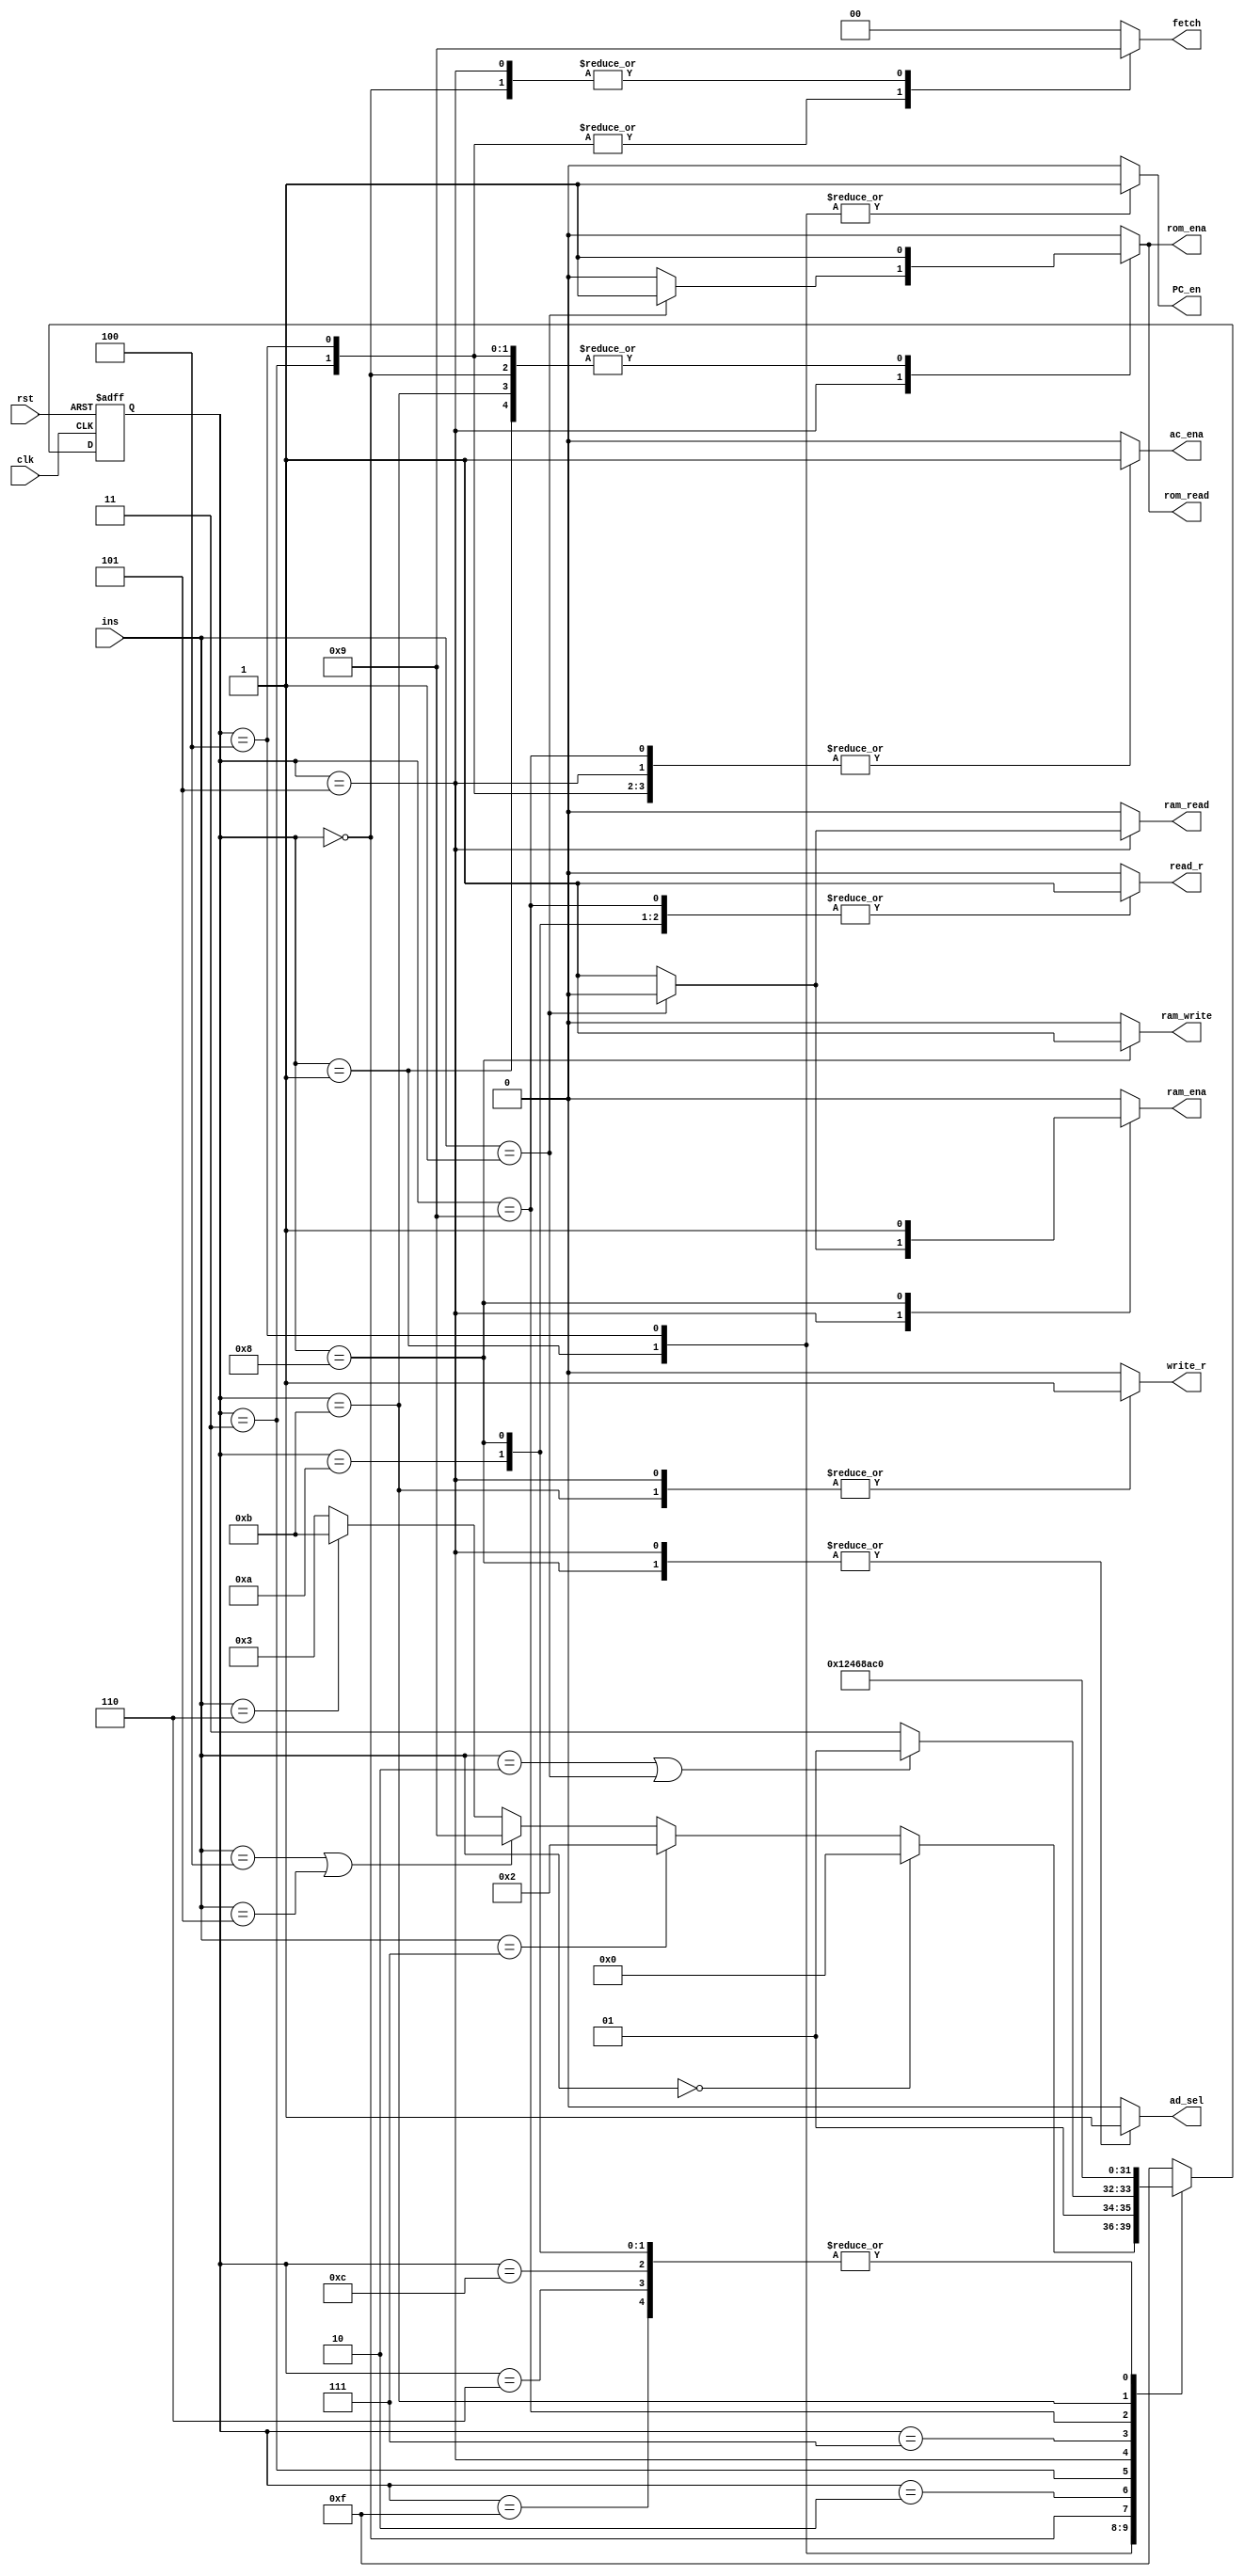
// This program was cloned from: https://github.com/liuqdev/8-bits-RISC-CPU-Verilog
// License: MIT License

module controller_purify(ins, clk, rst, write_r, read_r, PC_en, fetch, ac_ena, ram_ena, rom_ena,ram_write, ram_read, rom_read, ad_sel);

input clk, rst;   		// clock, reset
input [2:0] ins;  		// instructions, 3 bits, 8 types

// Enable signals
output reg write_r, read_r, PC_en, ac_ena, ram_ena, rom_ena;

// ROM: where instructions are storaged. Read only.
// RAM: where data is storaged, readable and writable.
output reg ram_write, ram_read, rom_read, ad_sel;

output reg [1:0] fetch;		// 01: to fetch from RAM/ROM; 10: to fetch from REG

// State code(current state)
reg [3:0] state;		// current state
reg [3:0] next_state; 	// next state


// instruction code
parameter 	NOP=3'b000, // no operation
			LDO=3'b001,	// load ROM to register
			LDA=3'b010, // load RAM to register
			STO=3'b011, // Store intermediate results to accumulator
			PRE=3'b100, // Prefetch Data from Address
			ADD=3'b101, // Adds the contents of the memory address or integer to the accumulator
			LDM=3'b110, // Load Multiple
			HLT=3'b111; // Halt

// state code			 
parameter Sidle=4'hf,
			 S0=4'd0,
			 S1=4'd1,
			 S2=4'd2,
			 S3=4'd3,
			 S4=4'd4,
			 S5=4'd5,
			 S6=4'd6,
			 S7=4'd7,
			 S8=4'd8,
			 S9=4'd9,
			 S10=4'd10,
			 S11=4'd11,
			 S12=4'd12;
			 
//PART A: D flip latch; State register
always @(posedge clk or negedge rst) 
begin
	if(!rst) state<=Sidle;
		//current_state <= Sidle;
	else state<=next_state;
		//current_state <= next_state;	
end

//PART B: Next-state combinational logic
always @*
begin
case(state)
S1:		begin
			if (ins==NOP) next_state=S0;
			else if (ins==HLT)  next_state=S2;
			else if (ins==PRE | ins==ADD) next_state=S9;
			else if (ins==LDM) next_state=S11;
			else next_state=S3;
		end

S4:		begin
			if (ins==LDA | ins==LDO) next_state=S5;
			//else if (ins==STO) next_state=S7; 
			else next_state=S7; // ---Note: there are only 3 long instrucions. So, all the cases included. if (counter_A==2*b11)
		end
Sidle:	next_state=S0;
S0:		next_state=S1;
S2:	    next_state=S2;
S3:		next_state=S4;
S5:		next_state=S6;
S6:		next_state=S0;
S7:		next_state=S8;
S8:		next_state=S0;
S9:		next_state=S10;
S10:	next_state=S0;
S11:	next_state=S12;
S12:	next_state=S0;
default: next_state=Sidle;
endcase
end

// another style
//PART C: Output combinational logic
always@*
begin 
case(state)
// --Note: for each statement, we concentrate on the current state, not next_state
// because it is combinational logic.
  Sidle: begin
		 write_r=1'b0;
		 read_r=1'b0;
		 PC_en=1'b0; 
		 ac_ena=1'b0;
		 ram_ena=1'b0;
		 rom_ena=1'b0;
		 ram_write=1'b0;
		 ram_read=1'b0;
		 rom_read=1'b0;
		 ad_sel=1'b0;
		 fetch=2'b00;
		 end
     S0: begin // load IR
		 write_r=0;
		 read_r=0;
		 PC_en=0;
 ac_ena=0;
		 ram_ena=0;
		 rom_ena=1;
		 ram_write=0;
		 ram_read=0;
		 rom_read=1;
		 ad_sel=0;
		 fetch=2'b01;
		 end
     S1: begin
		 write_r=0;
		 read_r=0;
		 PC_en=1; 
		 ac_ena=0;
		 ram_ena=0;
		 ram_write=0;
		 ram_read=0;
		 rom_ena=1;
		 rom_read=1; 
		 ad_sel=0;
		 fetch=2'b00;
		 end
     S2: begin
		 write_r=0;
		 read_r=0;
		 PC_en=0;
		 ac_ena=0;
		 ram_ena=0;
		 rom_ena=0;
		 ram_write=0;
		 ram_read=0;
		 rom_read=0;
		 ad_sel=0;
		 fetch=2'b00;
		 end
     S3: begin 
		 write_r=0;
		 read_r=0;
		 PC_en=0;
		 ac_ena=1; 
		 ram_ena=0;
		 rom_ena=1;
		 ram_write=0;
		 ram_read=0;
		 rom_read=1;
		 ad_sel=0;
	     fetch=2'b10; 
		 end
S4: begin
		 write_r=0;
		 read_r=0;
		 PC_en=1;
		 ac_ena=1;
		 ram_ena=0;
		 ram_write=0;
		 ram_read=0;
		 rom_ena=1; 
		 rom_read=1;
		 ad_sel=0;
		 fetch=2'b10; 
		 end
     S5: begin
		 if (ins==LDO)
		 begin
		 write_r=1;
		 read_r=0;
		 PC_en=0;
		 ac_ena=1;
		 ram_ena=0;
		 ram_write=0;
		 ram_read=0;
		 rom_ena=1;
		 rom_read=1;
		 ad_sel=1;
		 fetch=2'b01; 		 
		 end
		 else 
		 begin
		 write_r=1;
		 read_r=0;
		 PC_en=0;
		 ac_ena=1;
		 ram_ena=1;
	   	 ram_write=0;
		 ram_read=1;
		 rom_ena=0;
		 rom_read=0;
		 ad_sel=1;
		 fetch=2'b01;
		 end	 
		 end
     S6: begin 

	 write_r=1'b0;
		 read_r=1'b0;
		 PC_en=1'b0; //** not so sure, log: change 1 to 0
		 ac_ena=1'b0;
		 ram_ena=1'b0;
		 rom_ena=1'b0;
		 ram_write=1'b0;
		 ram_read=1'b0;
		 rom_read=1'b0;
		 ad_sel=1'b0;
		 fetch=2'b00;
	end

     S7: begin // STO, reg->ram. step1. read REG
		 write_r=0;
		 read_r=1;
		 PC_en=0;
		 ac_ena=0;
		 ram_ena=0;
		 rom_ena=0;
		 ram_write=0;
		 ram_read=0;
		 rom_read=0;
		 ad_sel=0;
		 fetch=2'b00;
		 end
     S8: begin // STO, step2, write RAM
		 write_r=0;
		 read_r=1;
		 PC_en=0;
		 ac_ena=0;
		 rom_read=0;
		 rom_ena=0;

		 ram_ena=1;
		 ram_write=1;
		 ram_read=0;

		 ad_sel=1;
		 fetch=2'b00; //fetch=2'b10, ram_ena=1, ram_write=1, ad_sel=1;
		 end
     S9: begin 
		 if (ins==PRE) // REG->ACCUM
		 begin
		 write_r=0;
		 read_r=1;
		 PC_en=0;
		 ac_ena=1;
		 ram_ena=0;
		 rom_ena=0;
		 ram_write=0;
		 ram_read=0;
		 rom_read=0;
		 ad_sel=0;
		 fetch=2'b00;
		 end
		 else 
		 begin 
		 write_r=0;
		 read_r=1;
		 PC_en=0;
		 ac_ena=1;
		 ram_ena=0;
		 rom_ena=0;
		 ram_write=0;
		 ram_read=0;
		 rom_read=0;
		 ad_sel=0;
 
		 fetch=2'b00;		 
		 end 
		 end
    S10: begin
		 write_r=0;
		 read_r=1;
		 PC_en=0;
		 ac_ena=0;
		 ram_ena=0;
		 rom_ena=0;
		 ram_write=0;
		 ram_read=0;
		 rom_read=0;
		 ad_sel=0;
		 fetch=2'b00;
		 end
    S11: begin // LDM, step1, write reg
		 write_r=1;
		 read_r=0;
		 PC_en=0;
		 ac_ena=1;
		 ram_ena=0;
		
		 ram_write=0;
		 ram_read=0;
		 rom_ena=1;
		 rom_read=1;
		 ad_sel=0;
		 fetch=2'b00;
		 		
		 end
    S12: begin 
		 write_r=0;
		 read_r=0;
		 PC_en=0;
		 ac_ena=0;
		 ram_ena=0;
		 rom_ena=0;
		 ram_write=0;
		 ram_read=0;
		 rom_read=0;
		 ad_sel=0;
		 fetch=2'b00;	 
		 end
default: begin
		 write_r=0;
		 read_r=0;
		 PC_en=0;
		 ac_ena=0;
		 ram_ena=0;
		 rom_ena=0;
		 ram_write=0;
		 ram_read=0;
		 rom_read=0;
		 ad_sel=0;
		 fetch=2'b00;		 
		 end
endcase
end
endmodule